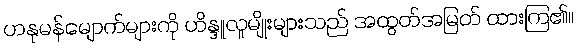
ဟနုမန်မျောက်များကို ဟိန္ဒူလူမျိုးများသည် အထွတ်အမြတ် ထားကြ၏။